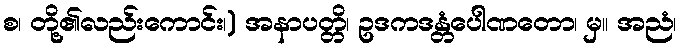
စ၊ တို့၏လည်းကောင်း၊) အနာပတ္တိ၊ ဥဒကဒန္တံပေါဏတော၊ မှ။ အညံ၊